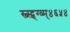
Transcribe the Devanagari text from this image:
स्व्स्द्व्ग्व्म्४६५४